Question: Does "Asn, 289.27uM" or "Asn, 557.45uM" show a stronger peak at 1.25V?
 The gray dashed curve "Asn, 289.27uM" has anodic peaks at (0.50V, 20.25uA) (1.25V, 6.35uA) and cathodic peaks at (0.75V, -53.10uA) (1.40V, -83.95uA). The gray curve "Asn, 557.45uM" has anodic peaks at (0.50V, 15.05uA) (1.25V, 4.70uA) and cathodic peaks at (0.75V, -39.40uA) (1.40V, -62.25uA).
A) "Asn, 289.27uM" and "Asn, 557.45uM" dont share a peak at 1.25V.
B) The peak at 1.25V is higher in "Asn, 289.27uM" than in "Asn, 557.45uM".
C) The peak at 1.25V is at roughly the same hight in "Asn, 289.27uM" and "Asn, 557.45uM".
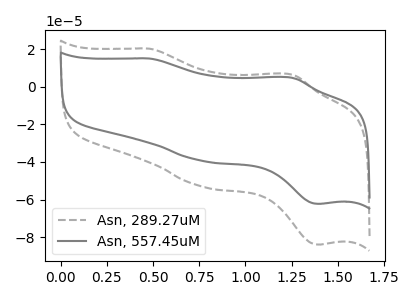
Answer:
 <answer>B) The peak at 1.25V is higher in "Asn, 289.27uM" than in "Asn, 557.45uM".</answer>
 <eval>B</eval>